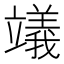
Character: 𥫃